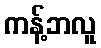
ကန့်ဘလူ